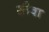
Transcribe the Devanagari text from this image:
सौवा